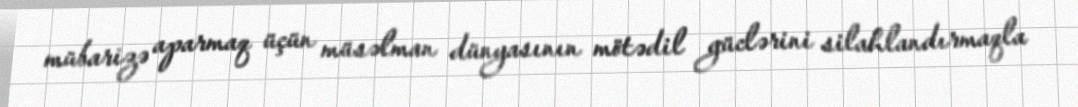
mübarizə aparmaq üçün müsəlman dünyasının mötədil güclərini silahlandırmaqla